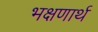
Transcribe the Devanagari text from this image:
भक्षणार्थ